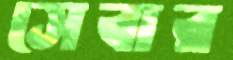
সেবার